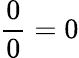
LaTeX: {\frac{0}{0}}=0